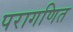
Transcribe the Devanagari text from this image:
परागणित